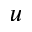
u